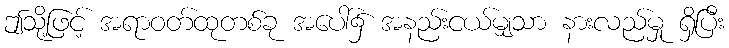
ဤသို့ဖြင့် အရာဝတ်ထုတစ်ခု အပေါ်၌ အနည်းငယ်မျှသာ နားလည်မှု ရှိပြီး